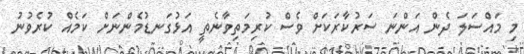
މި މައްސަލަ ދެން އަންނަ ސަރުކާރަކަށް ވެސް ކުރިމަތިވާނެތީ އަޅުގަނޑުމެންނަށް ކަމެއް ކުރެވުނު